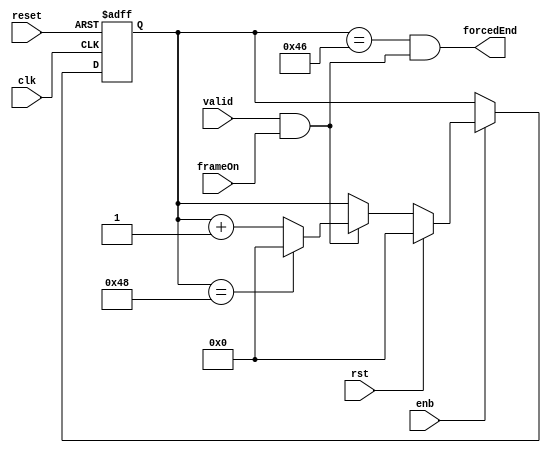
// -------------------------------------------------------------
// 
// 
// Generated by MATLAB 9.13 and HDL Coder 4.0
// 
// -------------------------------------------------------------


// -------------------------------------------------------------
// 
// Module: whdlOFDMTx_Generate_Forced_End_block
// Source Path: whdlOFDMTx/Frame Generator/Header/Interleaver/Write Logic/Handle Input Control Signals/Generate Forced 
// En
// Hierarchy Level: 7
// 
// -------------------------------------------------------------

`timescale 1 ns / 1 ns

module whdlOFDMTx_Generate_Forced_End_block
          (clk,
           reset,
           enb,
           rst,
           valid,
           frameOn,
           forcedEnd);


  input   clk;
  input   reset;
  input   enb;
  input   rst;
  input   valid;
  input   frameOn;
  output  forcedEnd;


  wire Logical_Operator1_out1;
  wire [6:0] count_step;  // ufix7
  wire [6:0] count_from;  // ufix7
  wire [6:0] count_reset;  // ufix7
  reg [6:0] currentAddr;  // ufix7
  wire [6:0] count;  // ufix7
  wire need_to_wrap;
  wire [6:0] count_value;  // ufix7
  wire [6:0] count_1;  // ufix7
  wire [6:0] count_2;  // ufix7
  wire Compare_To_Constant1_out1;
  wire Logical_Operator6_out1;


  assign Logical_Operator1_out1 = valid & frameOn;



  // Count limited, Unsigned Counter
  //  initial value   = 0
  //  step value      = 1
  //  count to value  = 72
  assign count_step = 7'b0000001;



  assign count_from = 7'b0000000;



  assign count_reset = 7'b0000000;



  assign count = currentAddr + count_step;



  assign need_to_wrap = currentAddr == 7'b1001000;



  assign count_value = (need_to_wrap == 1'b0 ? count :
              count_from);



  assign count_1 = (Logical_Operator1_out1 == 1'b0 ? currentAddr :
              count_value);



  assign count_2 = (rst == 1'b0 ? count_1 :
              count_reset);



  always @(posedge clk or posedge reset)
    begin : readyCounter_process
      if (reset == 1'b1) begin
        currentAddr <= 7'b0000000;
      end
      else begin
        if (enb) begin
          currentAddr <= count_2;
        end
      end
    end



  assign Compare_To_Constant1_out1 = currentAddr == 7'b1000110;



  assign Logical_Operator6_out1 = Compare_To_Constant1_out1 & Logical_Operator1_out1;



  assign forcedEnd = Logical_Operator6_out1;

endmodule  // whdlOFDMTx_Generate_Forced_End_block